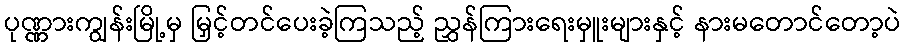
ပုဏ္ဏားကျွန်းမြို့မှ မြှင့်တင်ပေးခဲ့ကြသည့် ညွှန်ကြားရေးမှူးများနှင့် နားမတောင်တော့ပဲ